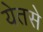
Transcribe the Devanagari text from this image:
येतसे